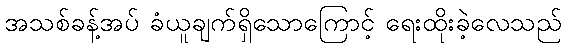
အသစ်ခန့်အပ် ခံယူချက်ရှိသောကြောင့် ရေးထိုးခဲ့လေသည်